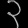
Digit: ၃